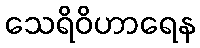
သေရိဝိဟာရေန